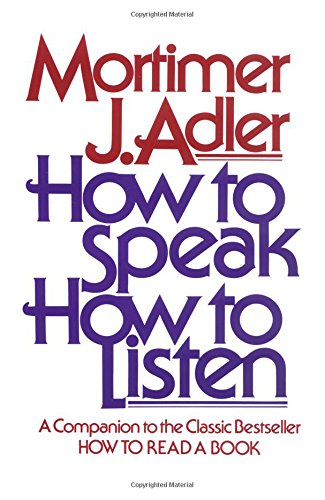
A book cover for How to Speak How to Listen; Mortimer J. Adler; Self-Help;